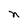
Character: n